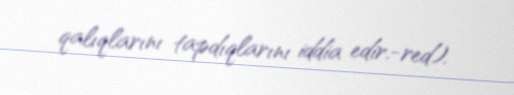
qalıqlarını tapdıqlarını iddia edir.-red).